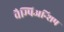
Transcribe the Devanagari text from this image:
चैम्पिअन्शिप